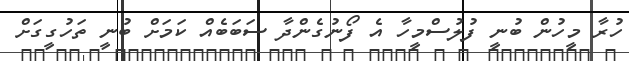
ހުރާ މީހުން ބުނީ ފުލުސްމީހާ އެ ފޯނުގެންދާ ސަބަބެއް ކަމަށް ބުނީ ތަހުގީގަށް